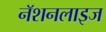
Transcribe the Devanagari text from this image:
नॅशनलाइज